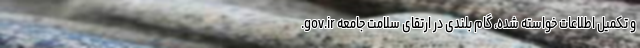
.gov.ir و تکمیل اطلاعات خواسته ‌شده، گام بلندی در ارتقای سلامت جامعه